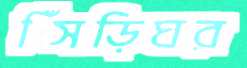
সিঁড়িঘর